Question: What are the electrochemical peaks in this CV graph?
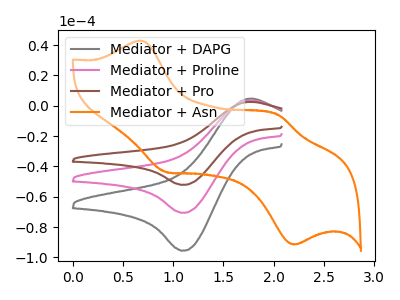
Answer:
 <answer>The gray curve "Mediator + DAPG" has an anodic peak at (1.80V, 4.75uA) and a cathodic peak at (1.10V, -95.60uA). The pink curve "Mediator + Proline" has an anodic peak at (1.80V, 3.50uA) and a cathodic peak at (1.10V, -70.65uA). The brown curve "Mediator + Pro" has an anodic peak at (1.80V, 7.00uA) and a cathodic peak at (1.10V, -141.25uA). The orange curve "Mediator + Asn" has anodic peaks at (0.65V, 42.90uA) (2.05V, -6.15uA) and cathodic peaks at (0.95V, -43.65uA) (2.20V, -91.45uA).</answer>
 <eval></eval>